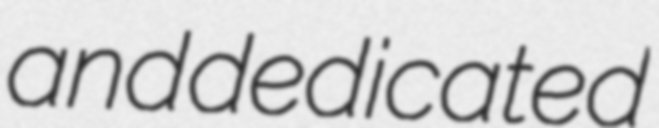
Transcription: and dedicated